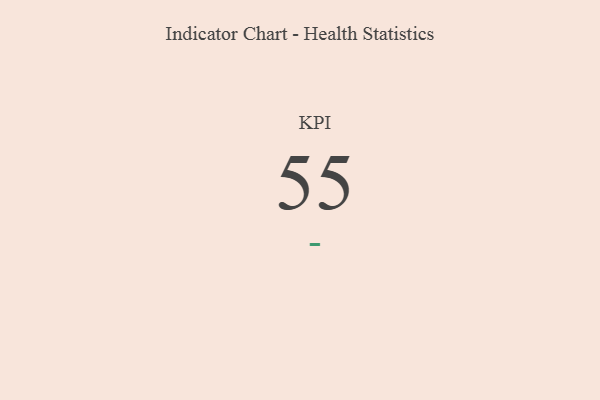
{"axis": {"x": "KPI", "y": "Value"}, "legend": [""], "data": [{"x": "KPI", "y": 55, "type": ""}]}